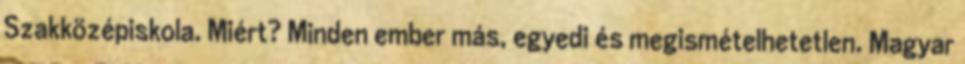
Szakközépiskola. Miért? Minden ember más, egyedi és megismételhetetlen. Magyar